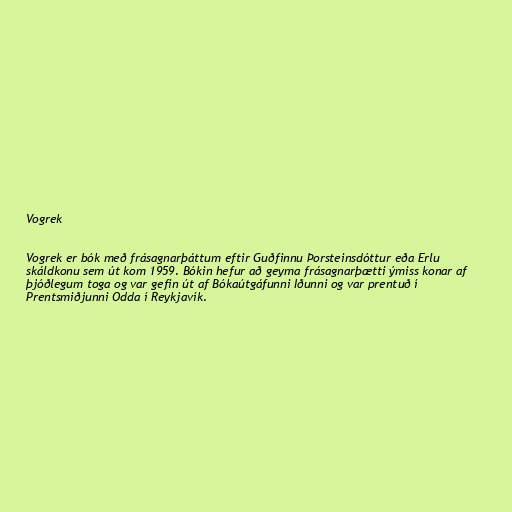
Vogrek

Vogrek er bók með frásagnarþáttum eftir Guðfinnu Þorsteinsdóttur eða Erlu
skáldkonu sem út kom 1959. Bókin hefur að geyma frásagnarþætti ýmiss konar af
þjóðlegum toga og var gefin út af Bókaútgáfunni Iðunni og var prentuð í
Prentsmiðjunni Odda í Reykjavík.